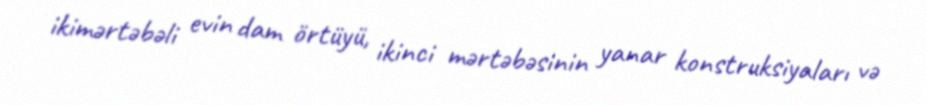
ikimərtəbəli evin dam örtüyü, ikinci mərtəbəsinin yanar konstruksiyaları və